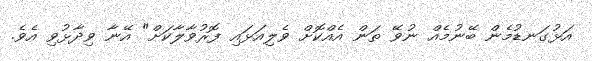
އަޅުގަނޑުމެން ބޭނުމެއް ނުވޭ ތަން އެއްކޮށް ވެލިއަޅައި ފޮރުވާލާކަށް" އޭނާ ވިދާޅުވި އެވެ.